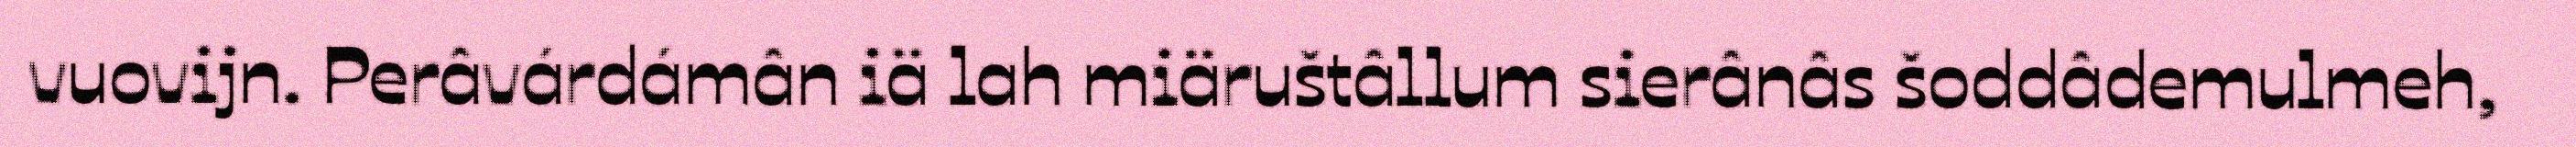
vuovijn. Perâvárdámân iä lah miäruštâllum sierânâs šoddâdemulmeh,